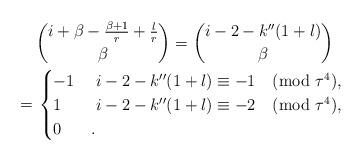
LaTeX: \begin{align*}&\binom{i+\beta-\frac{\beta+1}r+\frac lr}\beta=\binom{i-2-k''(1+l)}\beta\cr=\,&\begin{cases}-1&\ i-2-k''(1+l)\equiv -1\pmod{\tau^4},\cr1&\ i-2-k''(1+l)\equiv -2\pmod{\tau^4},\cr0&.\end{cases}\end{align*}